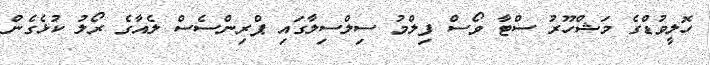
ހޮލީވުޑްގެ މަޝްހޫރު ސްޓާ ވޯސް ފިލްމު ސިލްސިލާގައި ޕްރިންސެސް ލެއާގެ ރޯލު ކުޅެގެން